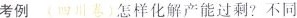
考例 （四川卷）怎样化解产能过剩？